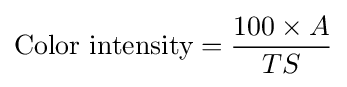
{\text{Color intensity}}={\frac {100\times A}{TS}}